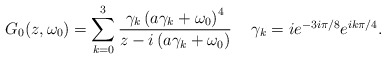
\begin{align*}G_0(z,\omega_0) = \sum_{k=0}^3 \frac{ \gamma_k \left( a \gamma_k + \omega_0 \right)^4}{ z - i \left( a \gamma _k + \omega_0 \right) }\;\;\;\mbox{ $\gamma_k = i e^{-3 i\pi/8} e^{ik \pi/4} $}.\end{align*}